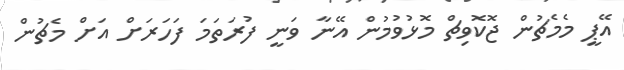
އޭޕީ މެމެޗުން ޖޮކޮވިޗް މޮޅުވުމުން އޭނާ ވަނީ ފުރަތަމަ ފަހަރަށް އަށް މެޗުން